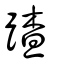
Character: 蹅